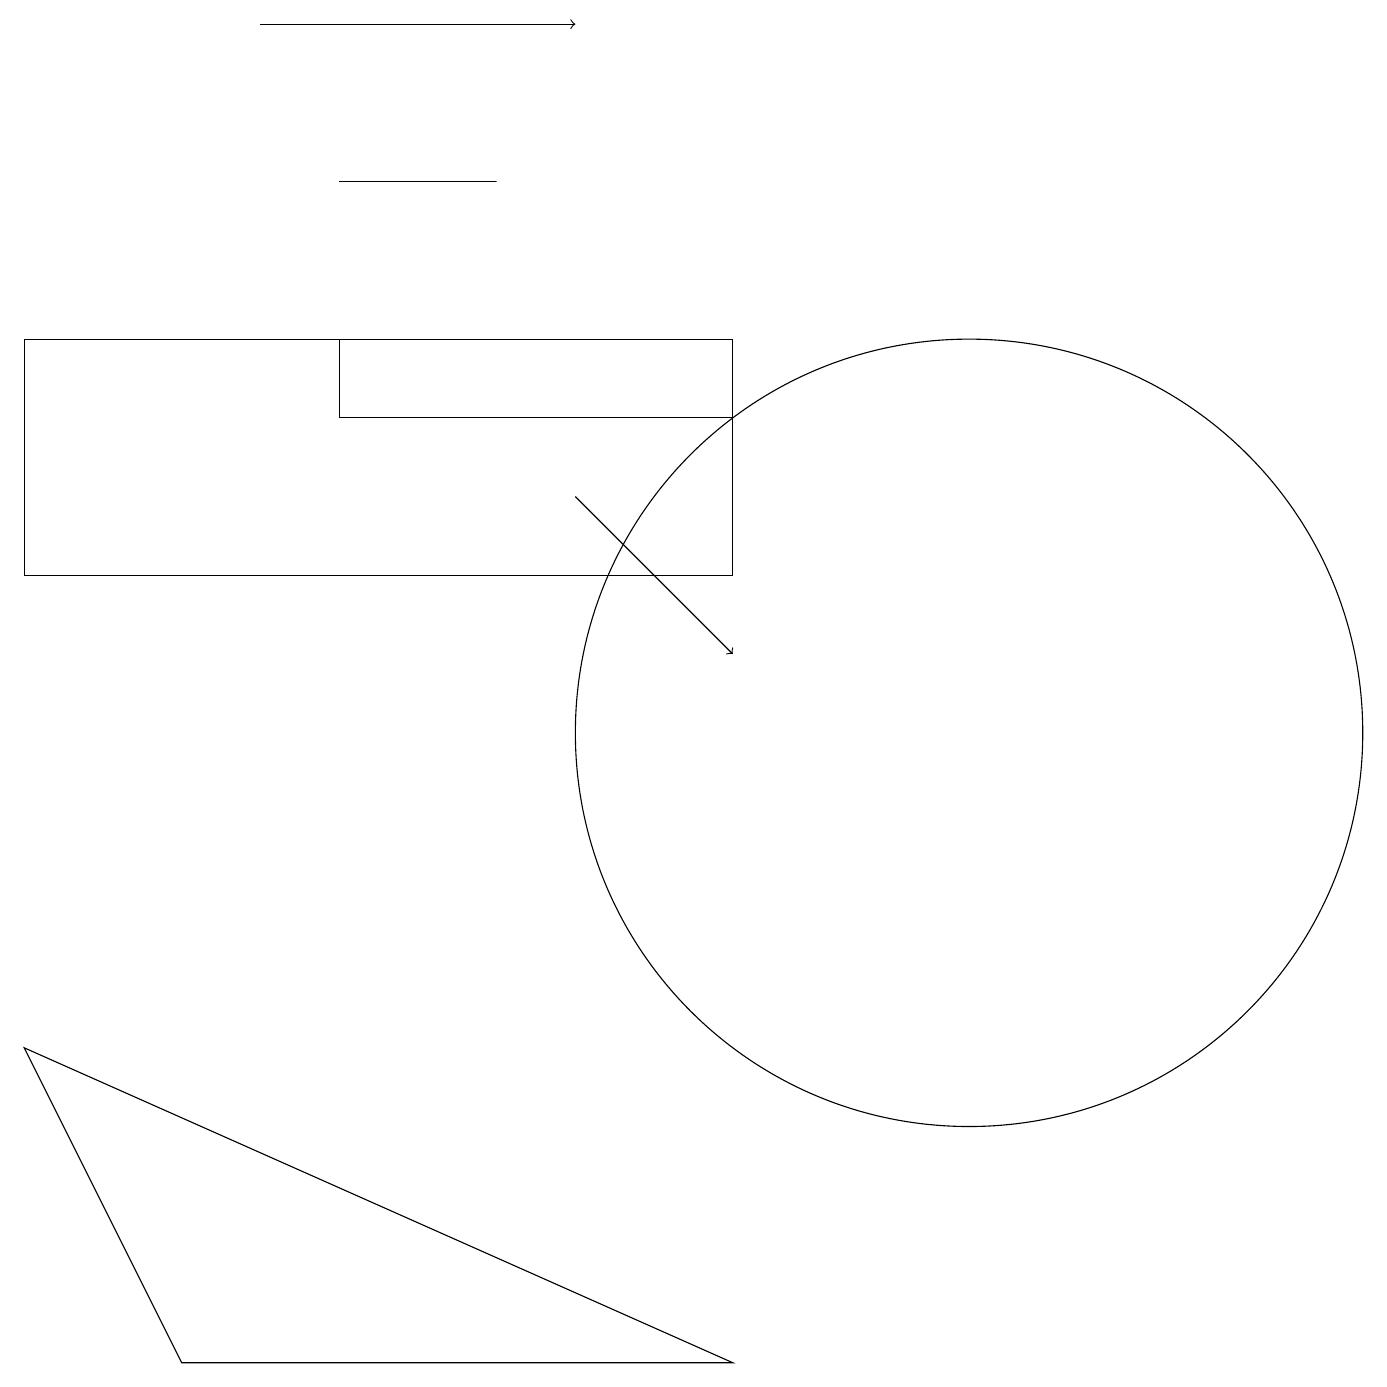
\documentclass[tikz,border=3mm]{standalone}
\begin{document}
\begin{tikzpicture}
\draw (4,15) rectangle (9,14);
\draw[->] (7,13) -- (9,11);
\draw (9,2) -- (2,2) -- (0,6) -- cycle;
\draw (4,17) rectangle (6,17);
\draw[->] (3,19) -- (7,19);
\draw (12,10) circle (5);
\draw (9,12) rectangle (0,15);
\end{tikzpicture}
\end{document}